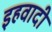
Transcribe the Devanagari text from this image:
इहवादी